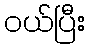
ဝယ်ပြီး